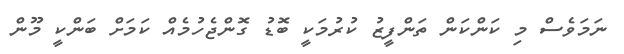
ނަަމަވެސް މި ކަންކަން ތަންފީޒު ކުރުމަކީ ބޮޑު ގޮންޖެހުމެއް ކަމަށް ބަންކީ މޫން